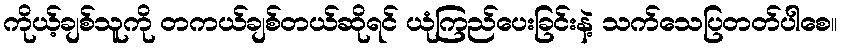
ကိုယ့်ချစ်သူကို တကယ်ချစ်တယ်ဆိုရင် ယုံကြည်ပေးခြင်းနဲ့ သက်သေပြတတ်ပါစေ။